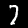
Digit: 7